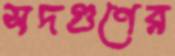
সদগুণের